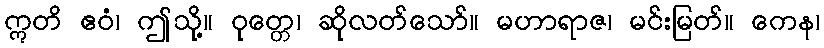
ဣတိ ဧဝံ၊ ဤသို့။ ဝုတ္တေ၊ ဆိုလတ်သော်။ မဟာရာဇ၊ မင်းမြတ်။ ကေန၊